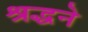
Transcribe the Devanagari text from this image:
श्रद्धने